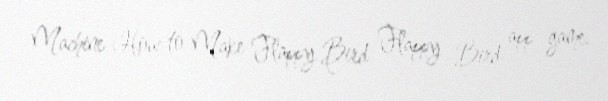
Machine How to Make Flappy Bird Flappy Bird app game.